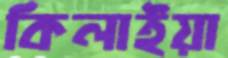
কিলাইয়া